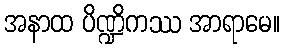
အနာထ ပိဏ္ဍိကဿ အာရာမေ။